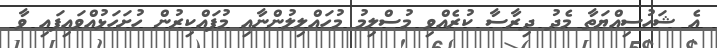
އެ ޝަހުސިއްޔަތާ މެދު ދިރާސާ ކުރެއްވި މުސްލިމު މުހައްލިލުންނާއި މުފައްކިރުން ހުށަހަޅުއްވައިފައި ވާ